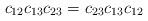
LaTeX: \begin{align*}c_{12}c_{13}c_{23}=c_{23}c_{13}c_{12}\end{align*}